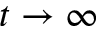
t \rightarrow \infty